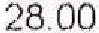
28.00